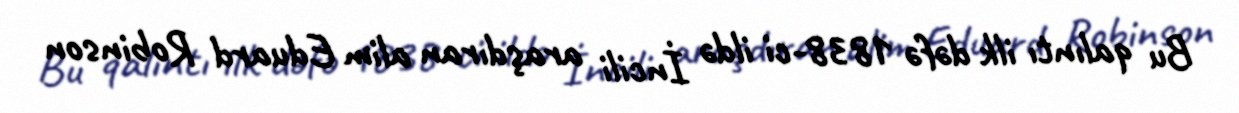
Bu qalıntı ilk dəfə 1838-ci ildə İncili araşdıran alim Eduard Robinson